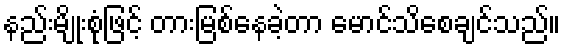
နည်းမျိုးစုံဖြင့် တားမြစ်နေခဲ့တာ မောင်သိစေချင်သည်။